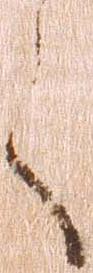
く